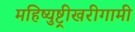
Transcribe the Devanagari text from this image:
महिष्युष्ट्रीखरीगामी